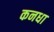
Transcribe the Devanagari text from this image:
कनधा